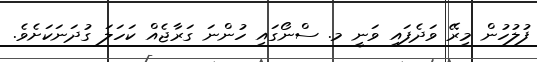
ފުލުހުން މިރޭ ވަދެފައި ވަނީ މ. ސްނޯގައި ހުންނަ ގަރާޖެއް ކަހަލަ ގުދަނަކަށެވެ.